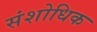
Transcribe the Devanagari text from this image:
संशोधिक